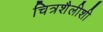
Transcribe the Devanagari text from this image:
चित्रशैलीशी